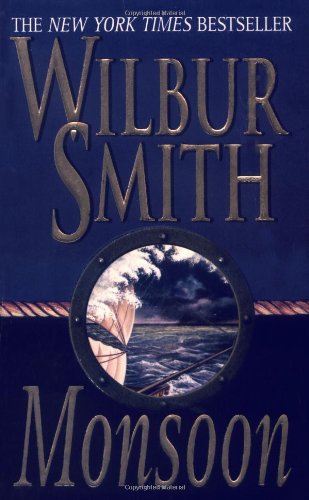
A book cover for Monsoon (Courtney Family Adventures); Wilbur Smith; Literature & Fiction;